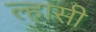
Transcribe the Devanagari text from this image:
ल्हासी